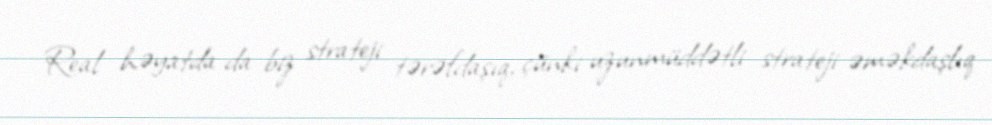
Real həyatda da biz strateji tərəfdaşıq, çünki uzunmüddətli strateji əməkdaşlıq